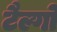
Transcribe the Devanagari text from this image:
टैल्गो